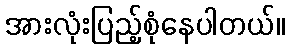
အားလုံးပြည့်စုံနေပါတယ်။